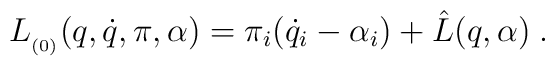
L_{_{(0)}}(q,\dot{q},\pi ,\alpha )=\pi _i(\dot{q}_i-\alpha _i)+\hat{L}(q,\alpha )\;.